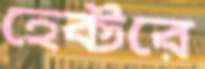
হেক্টরে